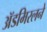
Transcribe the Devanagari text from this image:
ॲडमिरलने